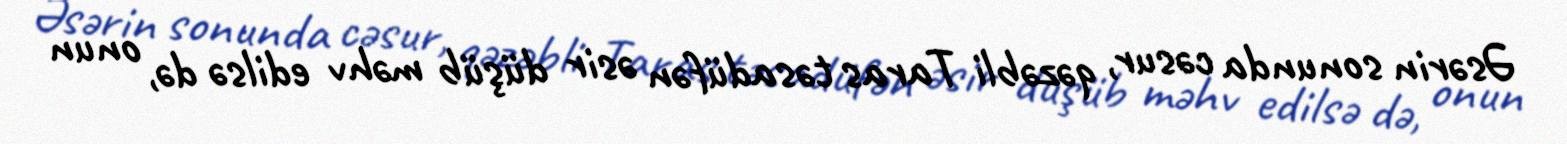
Əsərin sonunda cəsur, qəzəbli Taras təsadüfən əsir düşüb məhv edilsə də, onun